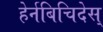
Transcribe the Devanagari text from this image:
हेर्नबिचिदेस्